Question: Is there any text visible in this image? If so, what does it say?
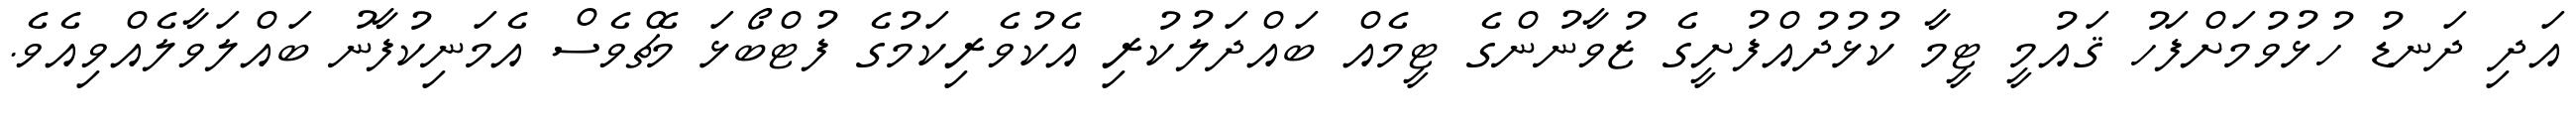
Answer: އަދި ދަނޑު ހުޅުވުމަށްފަހު ޤައުމީ ޓީމާ ކުޅުދުއްފުށީގެ ޒުވާނުންގެ ޓީމެއް ބައްދަލުކުރި އެކުވެރިކަމުގެ ފުޓްބޯޅަ މެޗްވެސް އެމަނިކުފާނު ބައްލަވާލެއްވިއެވެ.